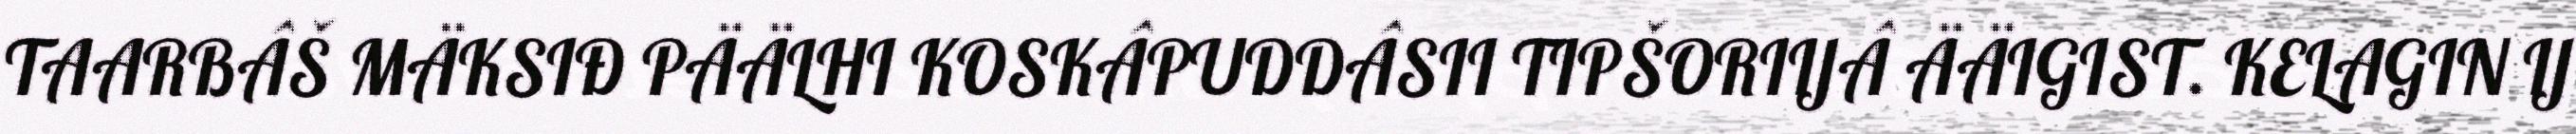
TAARBÂŠ MÄKSIĐ PÄÄLHI KOSKÂPUDDÂSII TIPŠORIIJÂ ÄÄIGIST. KELAGIN IJ